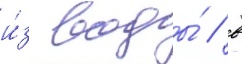
и́з воды́ / в